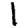
Digit: 1